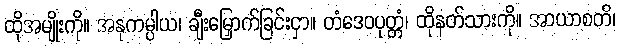
ထိုအမျိုးကို။ အနုကမ္ပါယ၊ ချီးမြှောက်ခြင်းငှာ။ တံဒေဝပုတ္တံ၊ ထိုနတ်သားကို။ အာယာစတိ၊